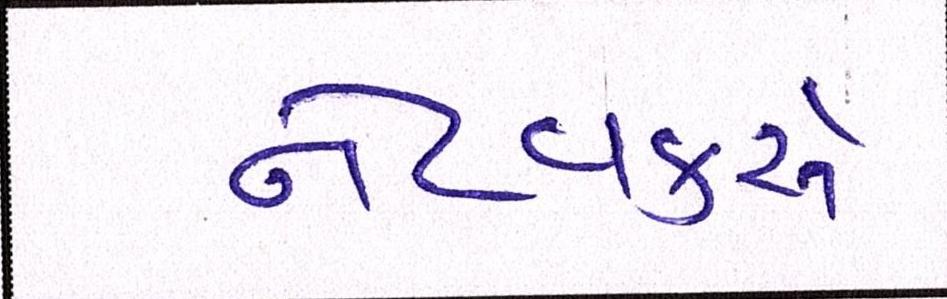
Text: નેટવર્ક્સ